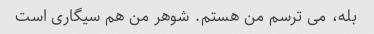
بله، می ترسم من هستم. شوهر من هم سیگاری است